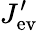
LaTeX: J_{\mathrm{ev}}^{\prime}